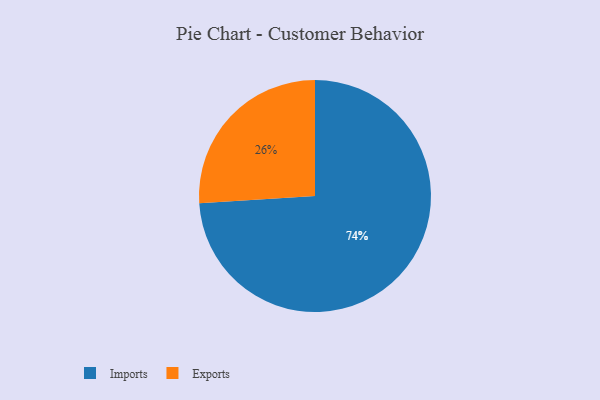
{"axis": {"x": "Category", "y": "Percentage"}, "legend": ["Exports", "Imports"], "data": [{"x": "Imports", "y": 74, "type": "Imports"}, {"x": "Exports", "y": 26, "type": "Exports"}]}